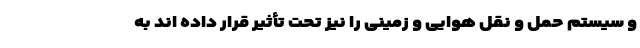
و سیستم حمل و نقل هوایی و زمینی را نیز تحت تأثیر قرار داده اند به